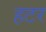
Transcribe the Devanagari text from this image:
हटर